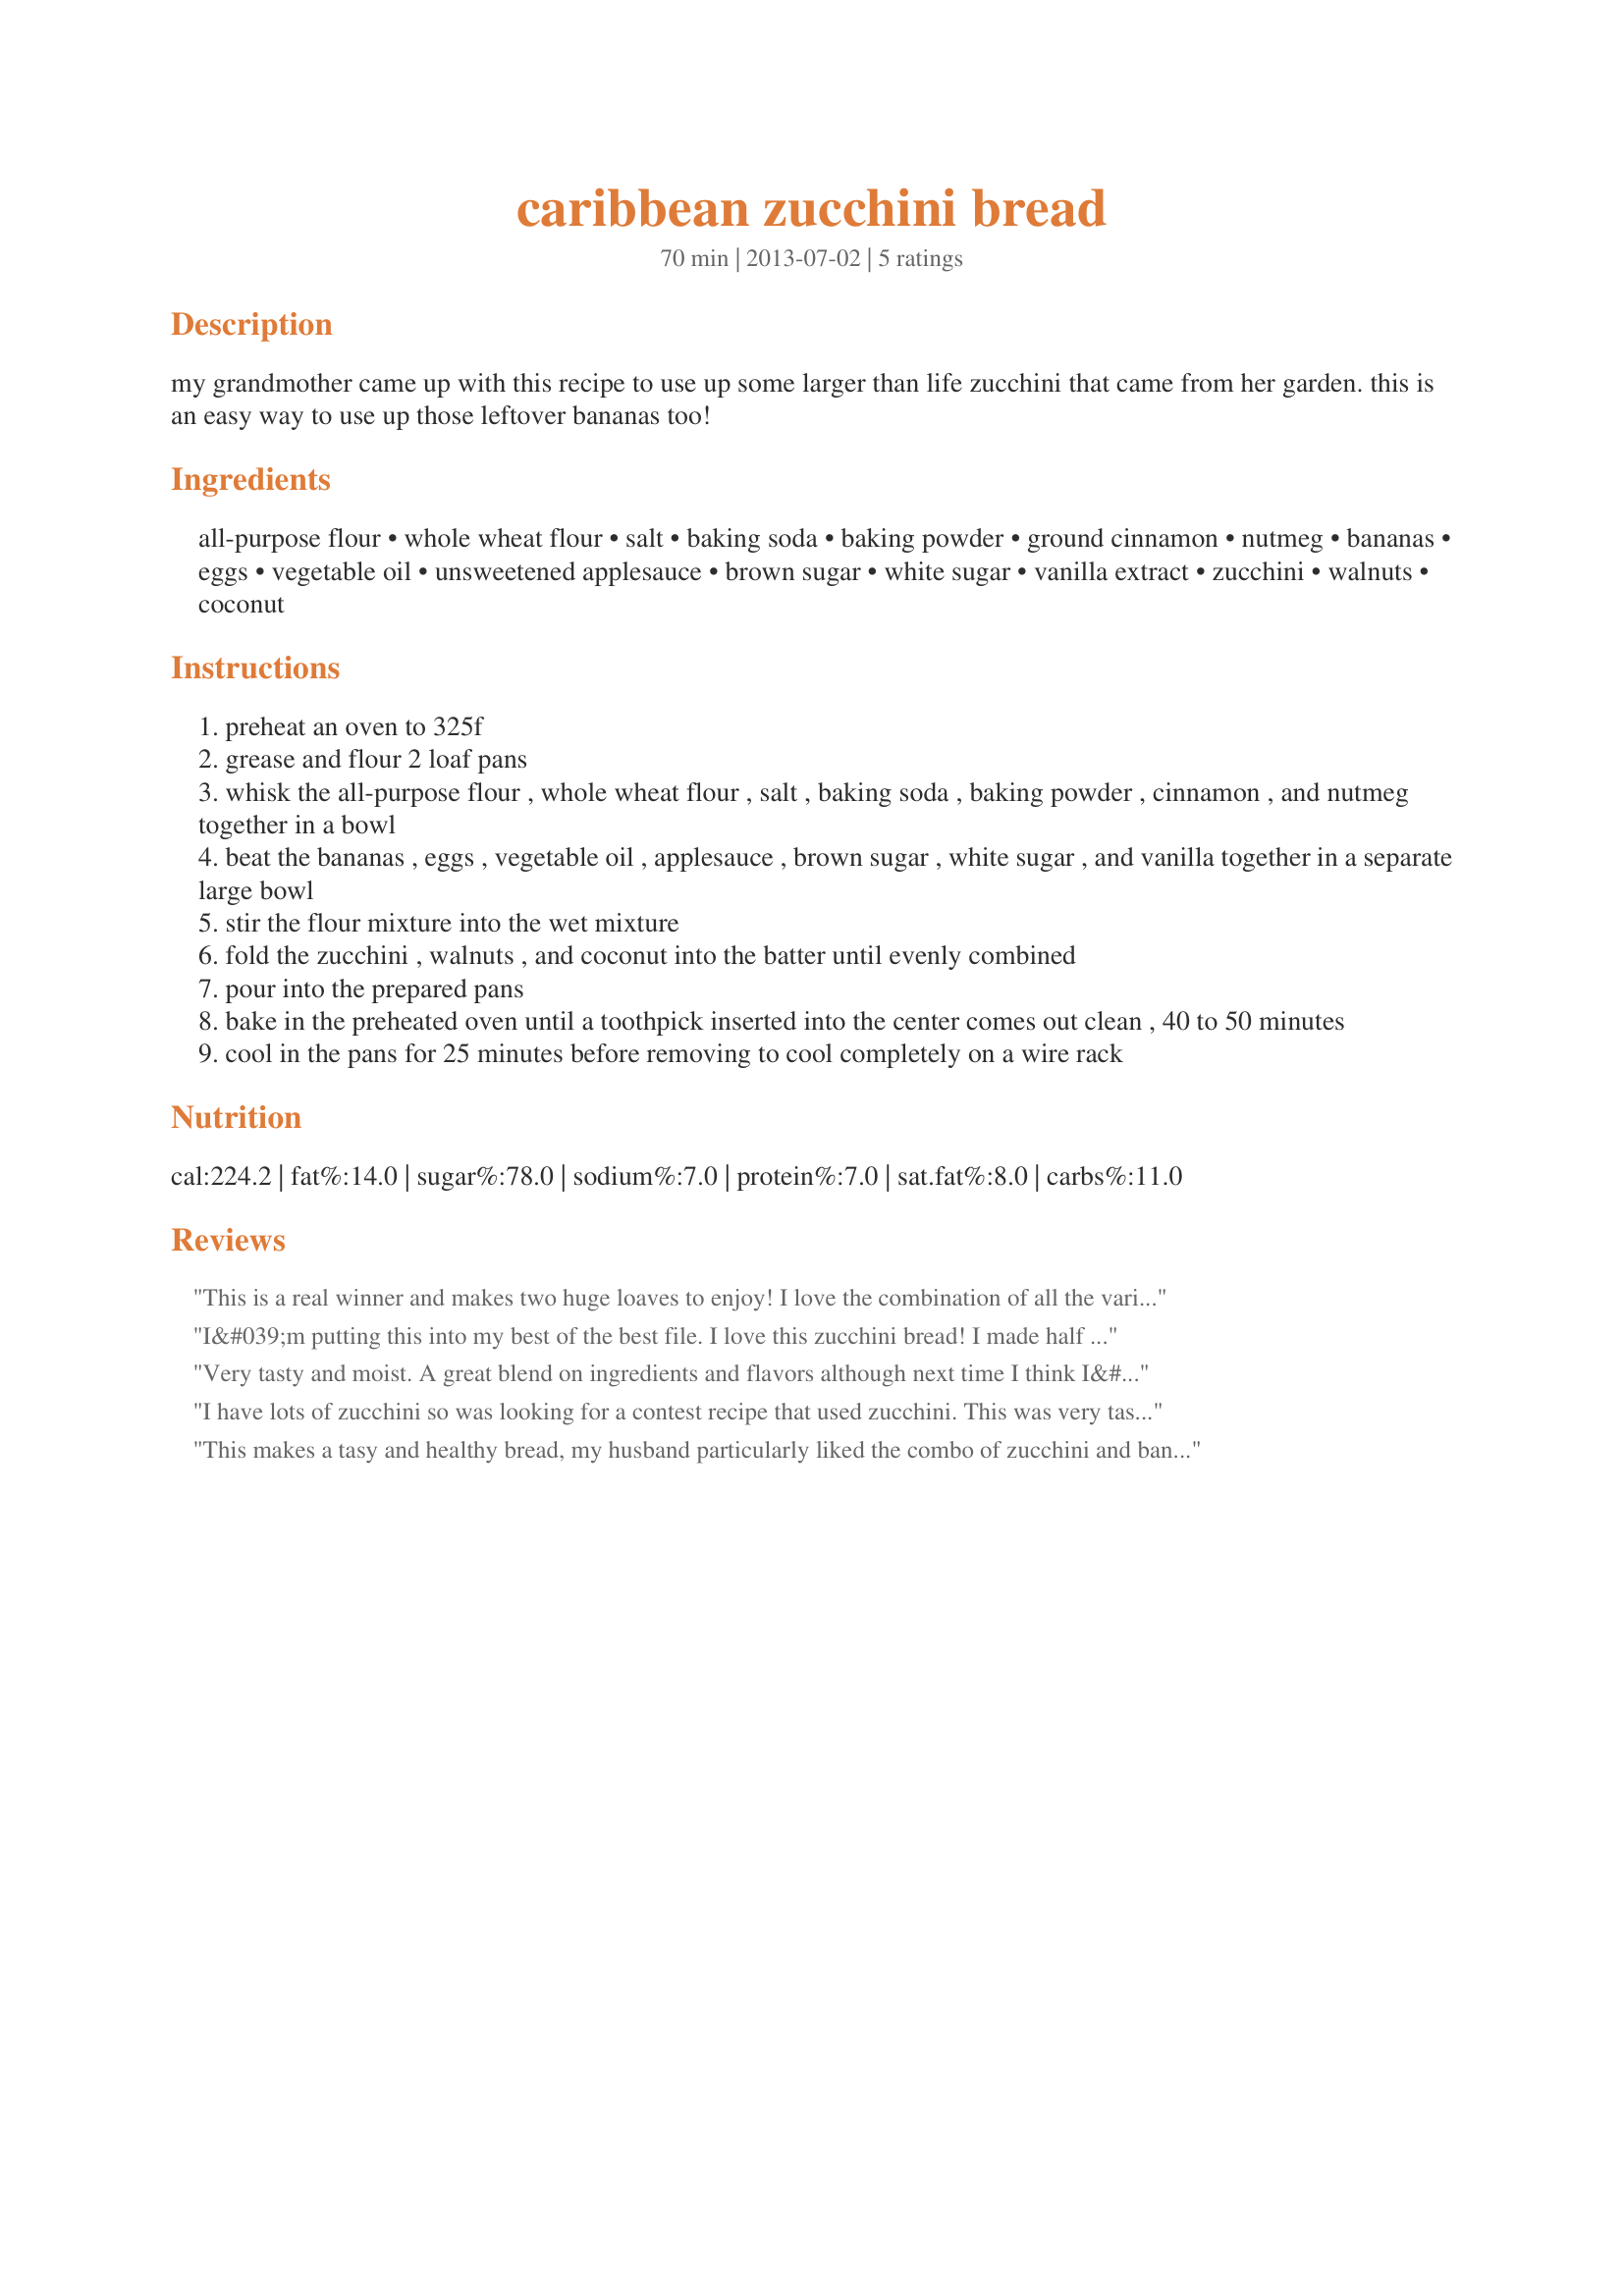
caribbean zucchini bread
Preparation time: 70 minutes

my grandmother came up with this recipe to use up some larger than life zucchini that came from her garden. this is an easy way to use up those leftover bananas too!

Ingredients:
all-purpose flour, whole wheat flour, salt, baking soda, baking powder, ground cinnamon, nutmeg, bananas, eggs, vegetable oil, unsweetened applesauce, brown sugar, white sugar, vanilla extract, zucchini, walnuts, coconut

Steps:
preheat an oven to 325f
grease and flour 2 loaf pans
whisk the all-purpose flour , whole wheat flour , salt , baking soda , baking powder , cinnamon , and nutmeg together in a bowl
beat the bananas , eggs , vegetable oil , applesauce , brown sugar , white sugar , and vanilla together in a separate large bowl
stir the flour mixture into the wet mixture
fold the zucchini , walnuts , and coconut into the batter until evenly combined
pour into the prepared pans
bake in the preheated oven until a toothpick inserted into the center comes out clean , 40 to 50 minutes
cool in the pans for 25 minutes before removing to cool completely on a wire rack

Reviews:
This is a real winner and makes two huge loaves to enjoy! I love the combination of all the varied ingredients - it has all my favorites. I made this exactly as posted, and will be making this again. Made for I Recommend Tag Game.
I&#039;m putting this into my best of the best file. I love this zucchini bread! I made half a batch because I was low on walnuts. Boy, I&#039;m sorry I didn&#039;t make two loaves now. The coconut and walnuts are wonderful additions. The bread is moist and has great texture. Thank you for posting! Made for the Soup-A-Stars during ZWT9.
Very tasty and moist. A great blend on ingredients and flavors although next time I think I&#039;ll add more coconut. I made this into muffins. It made 15 1/3 cup portions which were just the right size for the amount of rise. It took 35 minutes in my oven.
I have lots of zucchini so was looking for a contest recipe that used zucchini. This was very tasty and the coconut was a nice addition. I did not have any applesauce so used greek yogurt. Made 5 mini loaves, 40 minutes. Made for ZWT9.
This makes a tasy and healthy bread, my husband particularly liked the combo of zucchini and banana, it is deliciously moist and smells wonderful, a keeper!! Thank you Elizabth, glad I tried it for ZWT9, Family Picks, Pink Panthers
